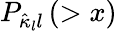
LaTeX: P_{\hat{\kappa}_{l}l}\left(>x\right)